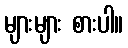
များများ စားပါ။